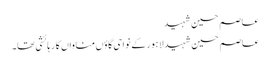
عاصم حسین شہید
عاصم حسین شہید لاہور کے نواحی گاؤں مناواں کا رہائشی تھا۔